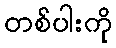
တစ်ပါးကို